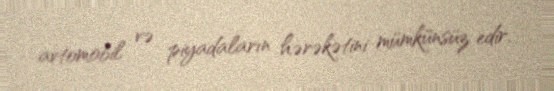
avtomobil və piyadaların hərəkətini mümkünsüz edir.